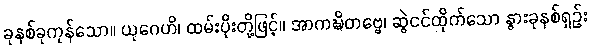
ခုနစ်ခုကုန်သော။ ယုဂေဟိ၊ ထမ်းပိုးတို့ဖြင့်။ အာကဍ္ဎိတဗ္ဗေ၊ ဆွဲငင်ထိုက်သော နွားခုနစ်ရှဉ်း